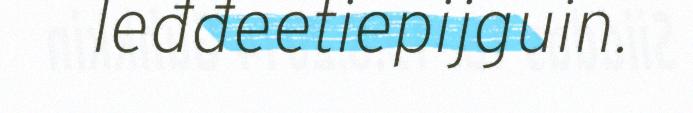
leđđeetiepijguin.